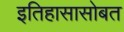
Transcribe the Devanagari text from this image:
इतिहासासोबत